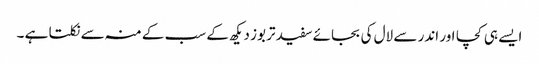
ایسے ہی کچا اور اندر سے لال کی بجائے سفید تربوز دیکھ کے سب کے منہ سے نکلتا ہے ۔